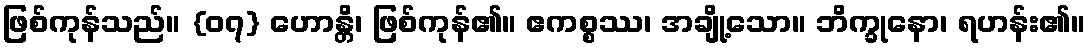
ဖြစ်ကုန်သည်။ {၀၇} ဟောန္တိ၊ ဖြစ်ကုန်၏။ ဧကစ္စဿ၊ အချို့သော။ ဘိက္ခုနော၊ ရဟန်း၏။